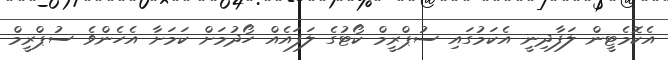
އެކޮމެޓީން ލަފާދިނީ އެކަމުގައި ސުޕްރީމް ކޯޓުގެ ލަފައެއް ހޯދުމަށް ކަމަށާ އެހެންވެ ސުޕްރީމް